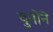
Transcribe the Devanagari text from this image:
युनोनॆ